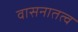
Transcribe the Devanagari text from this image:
वासनातत्व